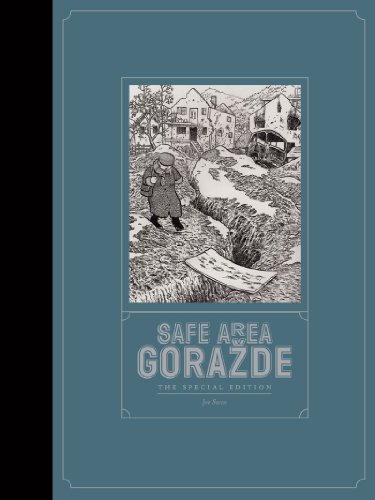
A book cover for Safe Area Gorazde: The Special Edition; Joe Sacco; Comics & Graphic Novels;